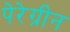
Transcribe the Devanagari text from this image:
पेरेग्रीन